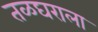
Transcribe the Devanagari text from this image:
तळघराला